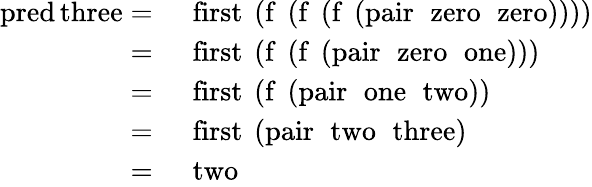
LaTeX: {\begin{array}{rl}{\operatorname{pred}\operatorname{three}=}&{\ \operatorname{first}\ (\operatorname{f}\ (\operatorname{f}\ (\operatorname{f}\ (\operatorname{pair}\ \operatorname{zero}\ \operatorname{zero}))))}\\ {=}&{\ \operatorname{first}\ (\operatorname{f}\ (\operatorname{f}\ (\operatorname{pair}\ \operatorname{zero}\ \operatorname{one})))}\\ {=}&{\ \operatorname{first}\ (\operatorname{f}\ (\operatorname{pair}\ \operatorname{one}\ \operatorname{two}))}\\ {=}&{\ \operatorname{first}\ (\operatorname{pair}\ \operatorname{two}\ \operatorname{three})}\\ {=}&{\ \operatorname{two}}\end{array}}